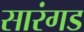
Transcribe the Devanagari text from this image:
सारंगड